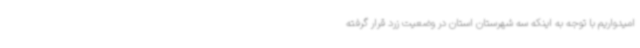
امیدواریم با توجه به اینکه سه شهرستان استان در وضعیت زرد قرار گرفته